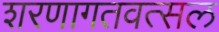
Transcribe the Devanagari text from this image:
शरणागतवत्सल